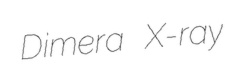
Dimera X-ray